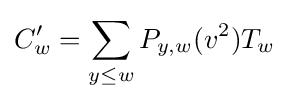
C_{w}'=\sum _{y\leq w}P_{y,w}(v^{2})T_{w}